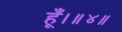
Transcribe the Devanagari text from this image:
हूँ।॥४॥